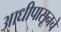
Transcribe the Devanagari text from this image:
आधीपासूनचे